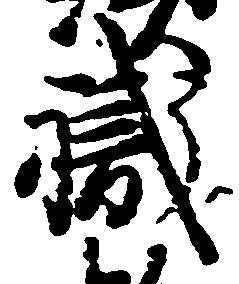
職